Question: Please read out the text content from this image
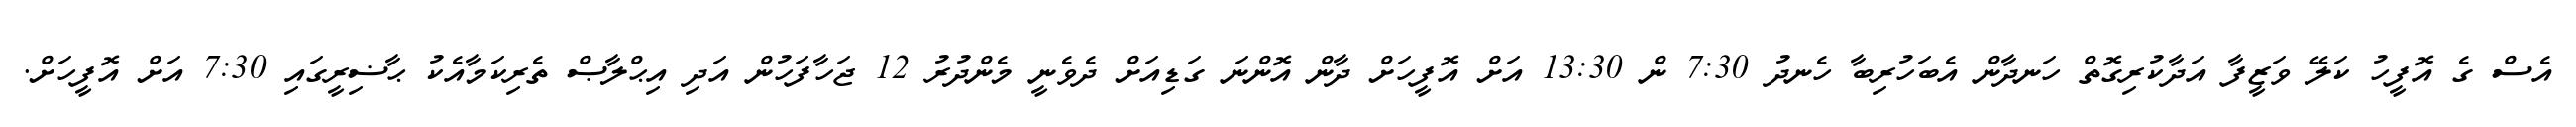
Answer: އެސް ގެ އޮފީހު ކަލޭ ވަޒީފާ އަދާކުރިގޮތް ހަނދާން އެބަހުރިބާ ހެނދު 7:30 ން 13:30 އަށް އޮފީހަށް ދާން އޮންނަ ގަޑިއަށް ދެވެނީ މެންދުރު 12 ޖަހާފަހުން އަދި އިޙްލާޞް ތެރިކަމާއެކު ޙާޟިރީގައި 7:30 އަށް އޮފީހަށް.